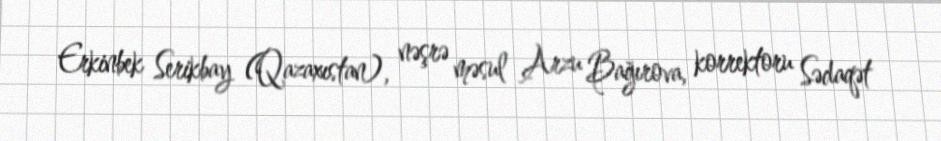
Erkinbek Serikbay (Qazaxıstan), nəşrə məsul Arzu Bağırova, korrektoru Sədaqət